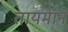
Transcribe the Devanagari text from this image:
तायमाने